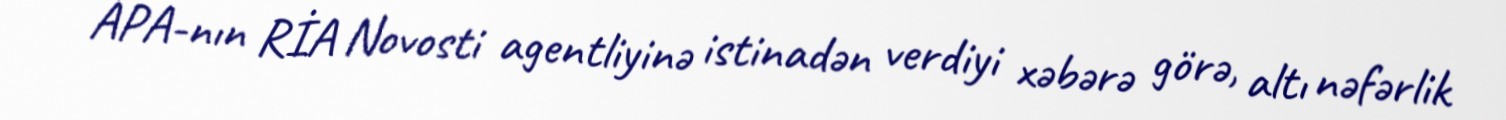
APA-nın RİA Novosti agentliyinə istinadən verdiyi xəbərə görə, altı nəfərlik